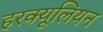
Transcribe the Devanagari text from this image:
हरक्यूलियन